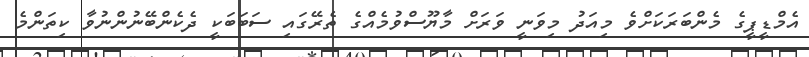
އެމްޑީޕީގެ މެންބަރަކަށްވެ މިއަދު މިވަނީ ވަރަށް މާޔޫސްވުމެއްގެ ތެރޭގައި ސަބަބަކީ ދެކެންބޭނުންނުވާ ކިތަންމެ